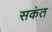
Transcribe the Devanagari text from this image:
सकंत